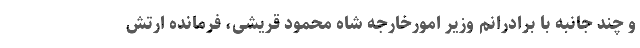
و چند جانبه با برادرانم وزیر امورخارجه شاه محمود قریشی، فرمانده ارتش